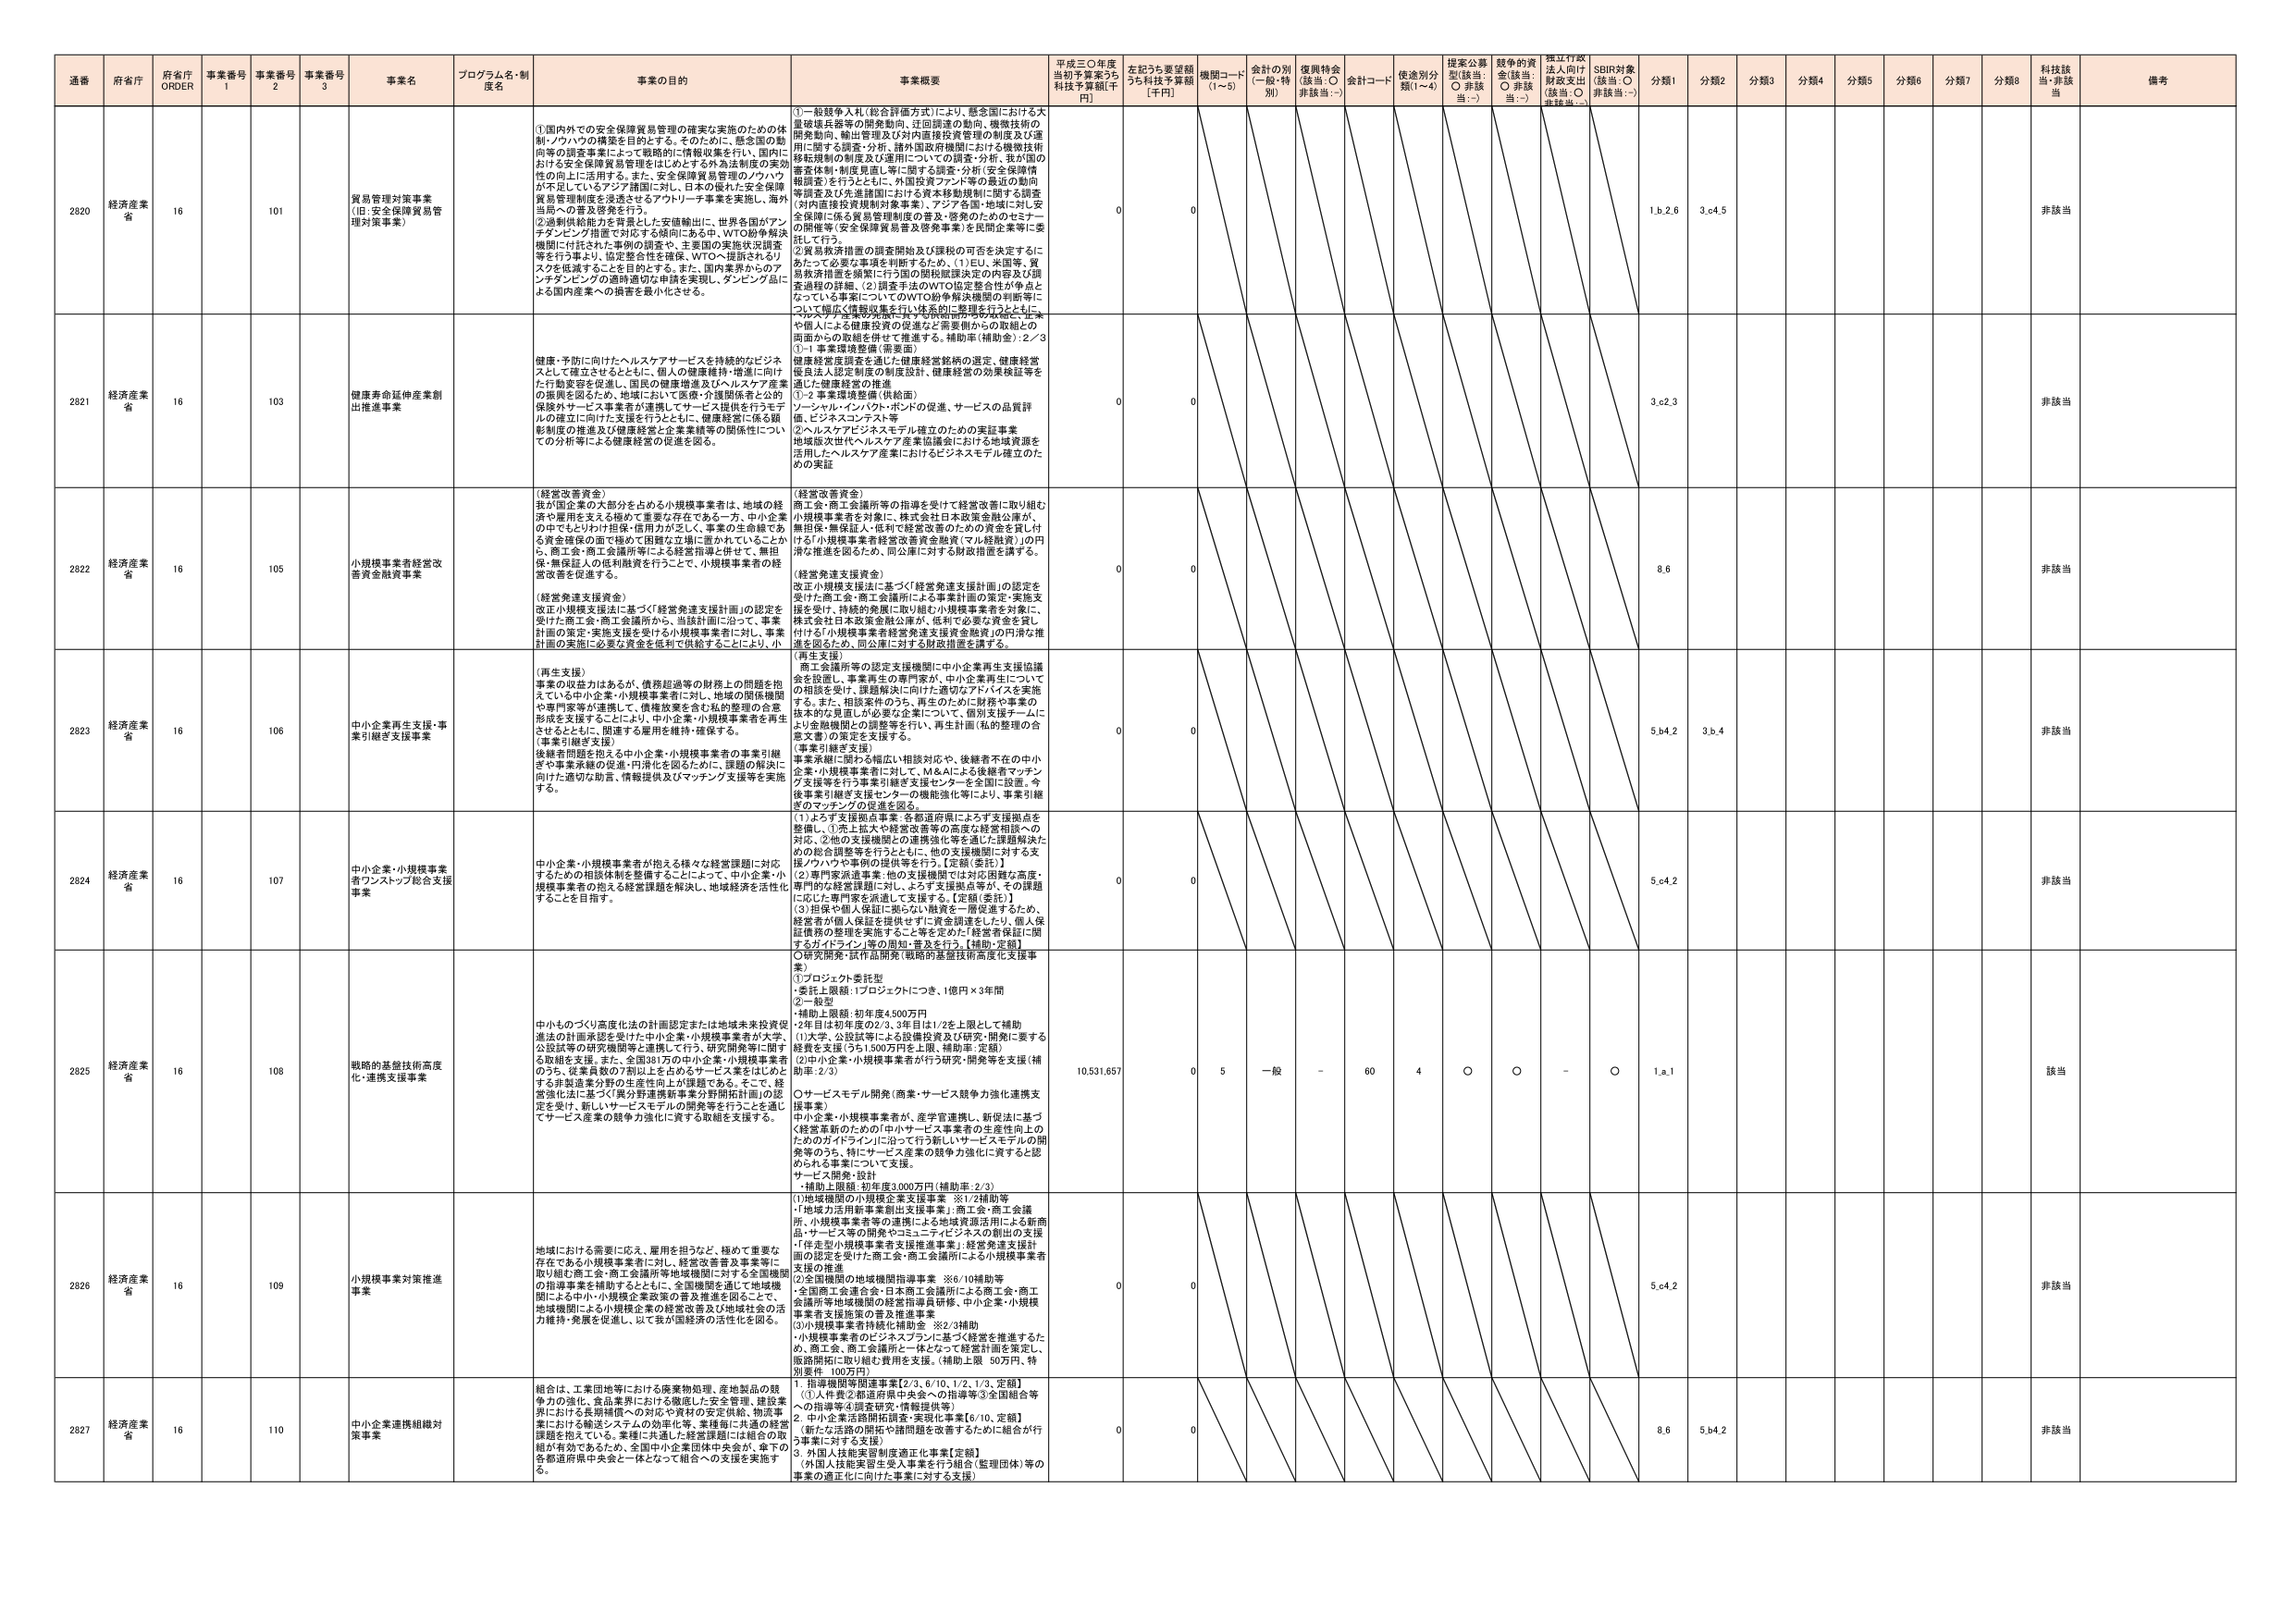
通番 府省庁 府省庁 ORDER 事業番号 1 事業番号 2 事業番号 3 事業名 プログラム名・制度名 事業の目的 事業概要 平成三〇年度当初予算案うち 科技予算額[千円] 左記うち要望額うち科技予算額 [千円] 機関コード (1～5) 会計の別 (一般・特別) 復興特会 (該当:○ 非該当:－) 会計コード 使途別分類(1～4) 提案公募型(該当:○ 非該当:－) 越年の資金(該当:○ 非該当:－) 捏江行政法人向け財政支出(該当:○ 非該当:－) SDR対象(該当:○ 非該当:－) 分類1 分類2 分類3 分類4 分類5 分類6 分類7 分類8 科技該当 非該当 備考

2820 経済産業省 16 101 貿易管理対策事業 (旧:安全保障貿易管理対策事業) ①国内外での安全保障貿易管理の確実な実施のための体制ノウハウの構築を目的とする。そのため、懸念国の動向等の調査事業によって戦略的に情報収集を行い、国内における安全保障貿易管理をはじめとする外為法制度の実効性の向上に活用する。また、安全保障貿易管理のノウハウが不足しているアジア諸国に対し、日本の優れた安全保障貿易管理制度を浸透させるアウトリーチ事業を実施し、海外当局への普及啓発を行う。 ②過剰供給能力を背景とした安価輸出に、世界各国がアンチダンピング措置を対応する傾向にある中、WTO紛争解決機関に付託された事例の調査や、主要国の実施状況調査等を行う事より、協定整合性を確保、WTOへ提訴されるリスクを低減することを目的とする。また、国内業界からのアンチダンピングの要請対応申請を実現し、ダンピング品による国内産業への損害を最小化させる。 ①一般競争入札(総合評価方式)により、懸念国における大量破壊兵器等の開発動向、迂回調達の動向、機微技術の開発動向、輸出管理及び対内直接投資管理の制度及び運用に関する調査・分析、海外国際機関における機微技術移転規制の制度及び運用についての調査・分析、我が国の審査体制・制度見直し等に関する調査・分析(安全保障情報調査)を行うとともに、外国投資ファンド等の最近の動向等調査及び先進諸国における資本移動規制に関する調査(対内直接投資規制対象事業)、アジア各国・地域に対し安全保障に係る貿易管理制度の普及・啓発のためのセミナーの開催等(安全保障貿易普及啓発事業)を民間企業等に委託して行う。 ②貿易救済措置の調査開始及び課税の可否を決定するにあたって必要な事項を判断するため、(1)EU、米国等、貿易救済措置を頻繁に行う国の開発国際課決定の内容及び調査過程の詳細、(2)調査手法のWTO協定整合性が争点となっている事案についてのWTO紛争解決機関の判断等について幅広く情報収集を行い体系的に整理を行うとともに、 ダンピング産業の実態に基づく対応計画の作成や、企業や個人による健康投資の促進など需要側からの取組との両面からの取組を併せて推進する。補助率(補助金)：2／3 ①～1事業環境整備(需要面) 0 0 1.b.2.6 3.c.4.5 非該当

2821 経済産業省 16 103 健康寿命延伸産業創出推進事業 健康・予防に向けたヘルスケアサービスを持続的なビジネスとして確立させるとともに、個人の健康維持・増進に向けた行動変容を促進し、国民の健康増進及びヘルスケア産業の振興を図るため、地域において医療・介護関係者と公的保険がサービス事業者が連携してサービス提供を行うモデルの確立に向けた支援を行うとともに、健康経営に係る規制制度の推進及び健康経営と企業業績等の関係性についての分析等による健康経営の促進を図る。 健康経営度調査を通じた健康経営銘柄の選定、健康経営優良法人認定制度の制度設計、健康経営の効果検証等を通じた健康経営の推進 ①～2事業環境整備(供給面) リーシャル・インパクト・ポートの促進、サービスの品質評価、ビジネスコンテスト等 ②ヘルスケアビジネスモデル確立のための実証事業 地域版次世代ヘルスケア産業協議会における地域資源を活用したヘルスケア産業におけるビジネスモデル確立のための実証 0 0 3.c.2.3 非該当

2822 経済産業省 16 105 小規模事業者経営改善資金融資事業 (経営改善資金) 我が国企業の大部分を占める小規模事業者は、地域の経済や雇用を支える極めて重要な存在である一方、中小企業の中でもとりわけ担保・信用力がなく、事業の生命線である資金確保の面で極めて困難な立場に置かれていることから、商工会・商工会議所等による経営指導と併せて、無担保・無保証人の低利融資を行うことで、小規模事業者の経営改善を促進する。 (経営改善資金) 商工会・商工会議所等の指導を受けて経営改善に取り組む小規模事業者を対象に、株式会社日本政策金融公庫が、無担保・無保証人・低利で経営改善のための資金を貸し付ける「小規模事業者経営改善資金融資(マル経融資)」の円滑な推進を図るため、同公庫に対する財政措置を講ずる。 (経営発達支援資金) 改正小規模支援法に基づく「経営発達支援計画」の認定を受けた商工会・商工会議所による事業計画の策定・実施支援を受け、持続的発展に取り組む小規模事業者を対象に、株式会社日本政策金融公庫が、低利で必要な資金を貸し付ける「小規模事業者経営発達支援資金融資」の円滑な推進を図るため、同公庫に対する財政措置を講ずる。 0 0 8.6 非該当

2823 経済産業省 16 106 中小企業再生支援・事業引継ぎ支援事業 (再生支援) 事業の収益力はあるが、債務超過等の財務上の問題を抱えている中小企業・小規模事業者に対し、地域の関係機関や専門家等が連携して、債務政策を含む私的整理の合意形成を支援するとともに、中小企業・小規模事業者を再生させるとともに、関連する雇用を維持・確保する。 (事業引継ぎ支援) 後継者問題を抱える中小企業・小規模事業者の事業引継ぎや事業承継の促進・円滑化を図るために、課題の解決に向けた適切な助言、情報提供及びマッチング支援等を実施する。 (再生支援) 商工振興所等の認定支援機関に中小企業再生支援協議会を設置し、事業再生の専門家が、中小企業再生についての相談を受け、課題解決に向けた適切なアドバイスを実施する。また、相談案件のうち、再生のために財務や事業の抜本的な見直しが必要な企業について、個別支援チームにより金融機関との調整等を行い、再生計画(私の整理の合意文書)の策定を支援する。 (事業引継ぎ支援) 事業承継に関わる幅広い相談対応や、後継者不在の中小企業・小規模事業者に対して、M＆Aによる後継者マッチング支援等を行う事業引継ぎ支援センターを全国に設置。今後事業引継ぎ支援センターの機能強化等により、事業引継ぎのマッチングの促進を図る。 0 0 5.b.4.2 3.b.4 非該当

2824 経済産業省 16 107 中小企業・小規模事業者ワンストップ総合支援事業 中小企業・小規模事業者が抱える様々な経営課題に対応するための相談体制を整備することによって、中小企業・小規模事業者の抱える経営課題を解決し、地域経済を活性化することを目指す。 (1)よろず支援拠点事業：各都道府県による「支援拠点を整備し、①売上拡大や経営改善等の高度な経営相談への対応、②他の支援機関との連携強化等を通じた課題解決ための総合調整等を行うとともに、他の支援機関に対する支援ノウハウや事例の提供等を行う。【定額(委託)】 (2)専門家派遣事業：他の支援機関では対応困難な高度・専門的な経営課題に対し、よろず支援拠点等が、その課題に応じた専門家を派遣して支援する。【定額(委託)】 (3)担保や個人保証に頼らない融資を一層促進するため、経営者が個人保証を提供せずに資金調達をしたり、個人保証債務の整理を実施すること等を定めた「経営者保証に関すガイドライン」等の周知・普及を行う。【補助(定額)】 ○研究開発・試作品開発(戦略的基盤技術高度化支援事業) 0 0 5.c.4.2 非該当

2825 経済産業省 16 108 戦略的基盤技術高度化・連携支援事業 中小のづくり高度化法の計画認定または地域未来投資促進法の計画承認を受けた中小企業・小規模事業者が大学・公設試等の研究機関等と連携して行う、研究開発等に関する取組を支援。また、全国301万の中小企業・小規模事業者のうち、従業員数の7割以上を占めるサービス業をはじめとする非製造業分野の生産性向上が課題である。そこで、経営強化法に基づく「異分野連携新事業分野開拓計画」の認定を受け、新しいサービスモデルの開発等を行うことを通じてサービス産業の競争力強化に資する取組を支援する。 ①プロジェクト委託型 ・委託上限額：1プロジェクトにつき、1億円×3年間 ②一般型 ・補助上限額：初年度4,500万円 ・2年目は初年度の2/3、3年目は1/2を上限として補助 (1)大学、公設試等による設備投資及び研究・開発に要する経費を支援(うち1,500万円を上限、補助率：定額) (2)中小企業・小規模事業者が行う研究・開発等を支援(補助率：2/3) ○サービスモデル開発(商業・サービス競争力強化連携支援事業) 中小企業・小規模事業者が、産学官連携し、新規法に基づく経営革新のための「中小サービス事業者の生産性向上のためのガイドライン」に沿って行う新しいサービスモデルの開発等のうち、特にサービス産業の競争力強化に資すると認められる事業について支援。 サービス開発・設計 ・補助上限額：初年度3,000万円(補助率：2/3) 10,531,657 0 5 一般 - 60 4 ○ ○ - ○ 1.a.1 該当

2826 経済産業省 16 109 小規模事業対策推進事業 地域における需要に応え、雇用を担うなど、極めて重要な存在である小規模事業者に対し、経営改善普及事業等に取り組む商工会・商工会議所等地域機関に対する全国機関の指導事業を補助するとともに、全国機関を通じて地域機関による中小・小規模企業政策の普及推進を図ることで、地域機関による小規模企業の経営改善及び地域社会の活力維持・発展を促進し、以て我が国経済の活性化を図る。 (1)地域機関の小規模企業支援事業 ※1/2補助等 「地域力活用新事業創出支援事業」：商工会・商工会議所、小規模事業者等の連携による地域資源活用による新商品・サービス等の開発やコミュニティビジネスの創出の支援 「保全型小規模事業者支援推進事業」：経営発達支援計画の認定を受けた商工会・商工会議所による小規模事業者支援の推進 (2)全国機関の地域機関指導事業 ※6/10補助等 全国商工会連合会、日本商工会議所による商工会・商工会議所等地域機関の経営指導研修、中小企業・小規模事業者支援施策の普及推進事業 (3)小規模事業者持続化補助金 ※2/3補助 小規模事業者のビジネスプランに基づく経営を推進するため、商工会、商工会議所と一体となって経営計画を策定し、販路開拓に取り組む費用を支援。(補助上限 50万円、特別要件 100万円) 0 0 5.c.4.2 非該当

2827 経済産業省 16 110 中小企業連携組織対策事業 組合は、工業団地等における廃棄物処理、産地製品の競争力の強化、食品業界における醸造した安全管理、建設業界における長期補償への対応や資材の安定供給、物流事業における輸送システムの効率化等、業種毎に共通の経営課題を抱えている。業種に共通した経営課題には組合の取組が有効であるため、全国中小企業団体中央会が、傘下の各都道府県中央会と一体となって組合への支援を実施する。 1.指導機関等関連事業【2/3、6/10、1/2、1/3、定額】 (1)人件費②都道府県中央会への指導等③全国組合等への指導等④調査研究・情報提供等) 2.中小企業連絡開拓調査・実現化事業【6/10、定額】 (新たな協定の開拓や諸問題を改善するために組合が行う事業に対する支援) 3.外国人技能実習制度適正化事業【定額】 (外国人技能実習生受入事業を行う組合(監理団体)等の事業の適正化に向けた事業に対する支援) 0 0 8.6 5.b.4.2 非該当